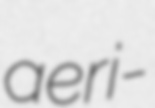
aeri-